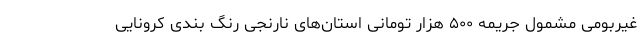
غیربومی مشمول جریمه ۵۰۰ هزار تومانی استان‌های نارنجی رنگ بندی کرونایی